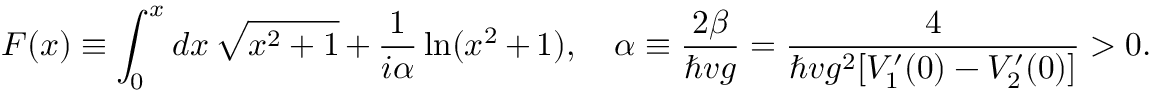
F ( x ) \equiv \int _ { 0 } ^ { x } d x \, \sqrt { x ^ { 2 } + 1 } + { \frac { 1 } { i \alpha } } \ln ( x ^ { 2 } + 1 ) , \quad \alpha \equiv { \frac { 2 \beta } { \hbar v g } } = { \frac { 4 } { \hbar v g ^ { 2 } [ V _ { 1 } ^ { \prime } ( 0 ) - V _ { 2 } ^ { \prime } ( 0 ) ] } } > 0 .